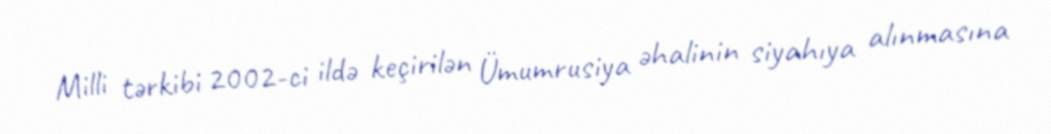
Milli tərkibi 2002-ci ildə keçirilən Ümumrusiya əhalinin siyahıya alınmasına